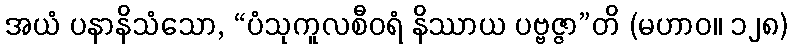
အယံ ပနာနိသံသော, “ပံသုကူလစီဝရံ နိဿာယ ပဗ္ဗဇ္ဇာ”တိ (မဟာဝ။ ၁၂၈)